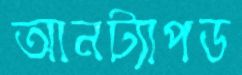
আনট্যাপড